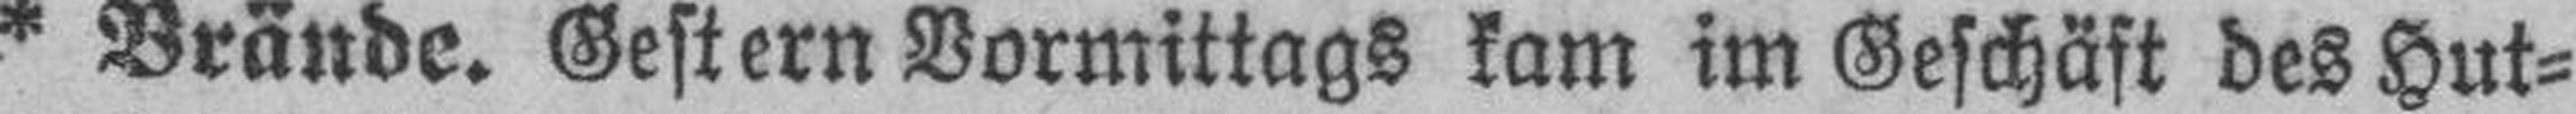
* Brande. Gestern Vormittags kam im Geschäft des Hut¬